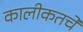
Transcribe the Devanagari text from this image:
कालीकतचे